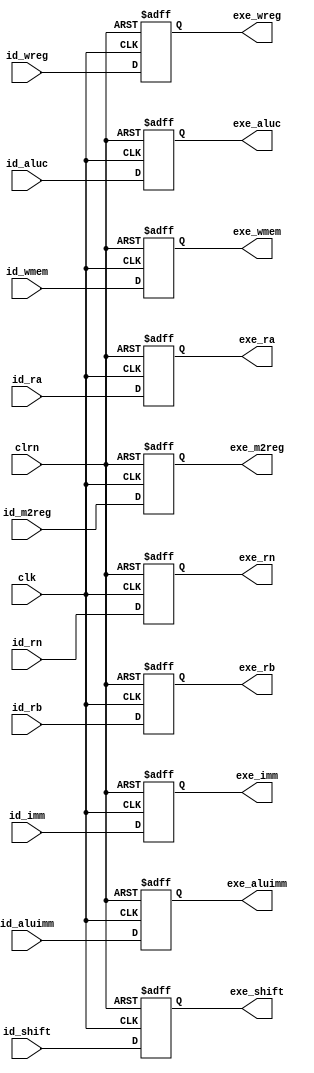
`timescale 1ns / 1ps
//////////////////////////////////////////////////////////////////////////////////
// Company: 
// Engineer: 
// 
// Design Name: 
// Module Name:    ID_EXE_register 
// Project Name: 
// Target Devices: 
// Tool versions: 
// Description: 
//
// Dependencies: 
//
// Revision: 
// Revision 0.01 - File Created
// Additional Comments: 
//
//////////////////////////////////////////////////////////////////////////////////
module ID_EXE_register(id_m2reg,id_wmem,id_aluc,id_aluimm,id_ra,id_rb,id_imm,id_shift,id_wreg,id_rn,clk,clrn,
							exe_m2reg,exe_wmem,exe_aluc,exe_aluimm,exe_ra,exe_rb,exe_imm,exe_shift,exe_wreg,exe_rn
    );
	 input [31:0] id_ra,id_rb,id_imm;                    // id_ra-a,id_rb-b,id_imm-
	 input [4:0] id_rn;                                  // id_rn- 
	 input [2:0] id_aluc;                                // id_aluc-ALU
	 input id_m2reg,id_wmem,id_aluimm,id_shift,id_wreg; 
	 // id_m2reg-alu,id_wmem-,id_aluimm-,id_shift-,id_wreg-
	 input clk,clrn;                                     // clk-clrn-
	 // exe
	 output [31:0] exe_ra,exe_rb,exe_imm;
	 output [4:0] exe_rn;
	 output [2:0] exe_aluc;
	 output exe_m2reg,exe_wmem,exe_aluimm,exe_shift,exe_wreg;
	 
	 reg [31:0] exe_ra,exe_rb,exe_imm;
	 reg [4:0] exe_rn;
	 reg [2:0] exe_aluc;
	 reg exe_m2reg,exe_wmem,exe_aluimm,exe_shift,exe_wreg;
	 always@(posedge clk or negedge clrn)
		if(clrn == 0)                                     // 0idexe
			begin
				exe_m2reg<=0; exe_wmem<=0;
				exe_aluc<=0;  exe_aluimm<=0;
				exe_ra<=0;    exe_rb<=0;
				exe_imm<=0;   exe_shift<=0;
				exe_wreg<=0;  exe_rn<=0;
			end
		else
			begin
				exe_m2reg<=id_m2reg; exe_wmem<=id_wmem;
				exe_aluc<=id_aluc;   exe_aluimm<=id_aluimm;
				exe_ra<=id_ra;       exe_rb<=id_rb;
				exe_imm<=id_imm;     exe_shift<=id_shift;
				exe_wreg<=id_wreg;   exe_rn<=id_rn;
			end

endmodule